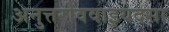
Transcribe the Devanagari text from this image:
अनुत्तरोववाइयदसा